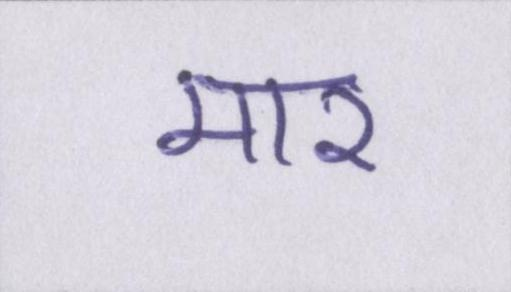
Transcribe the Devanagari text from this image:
मार